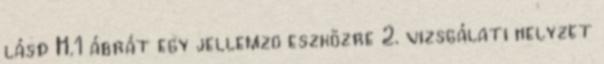
lásd H.1 ábrát egy jellemzõ eszközre 2. vizsgálati helyzet